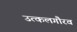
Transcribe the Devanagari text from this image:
उत्कलगौरव